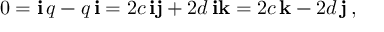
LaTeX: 0 = \mathbf { i } \, q - q \, \mathbf { i } = 2 c \, \mathbf { i j } + 2 d \, \mathbf { i k } = 2 c \, \mathbf { k } - 2 d \, \mathbf { j } \, ,